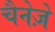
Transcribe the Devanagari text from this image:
चैनेज़े